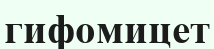
гифомицет